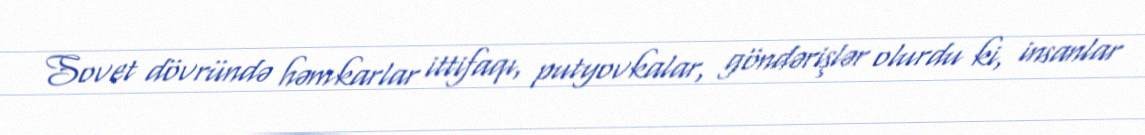
Sovet dövründə həmkarlar ittifaqı, putyovkalar, göndərişlər olurdu ki, insanlar